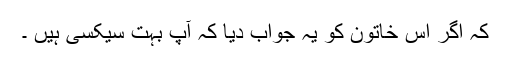
کہ اگر اس خاتون کو یہ جواب دیا کہ آپ بہت سیکسی ہیں ۔